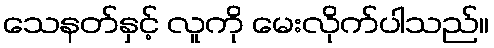
သေနတ်နှင့် လူကို မေးလိုက်ပါသည်။